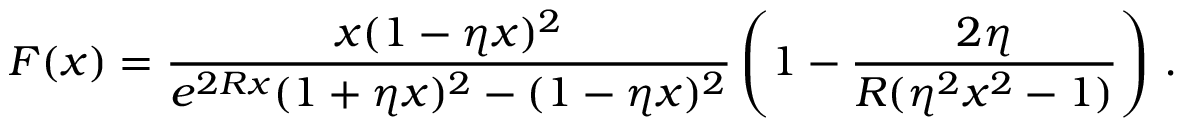
F ( x ) = \frac { x ( 1 - \eta x ) ^ { 2 } } { e ^ { 2 R x } ( 1 + \eta x ) ^ { 2 } - ( 1 - \eta x ) ^ { 2 } } \left( 1 - \frac { 2 \eta } { R ( \eta ^ { 2 } x ^ { 2 } - 1 ) } \right) \, { . }